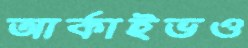
আর্কাইভও